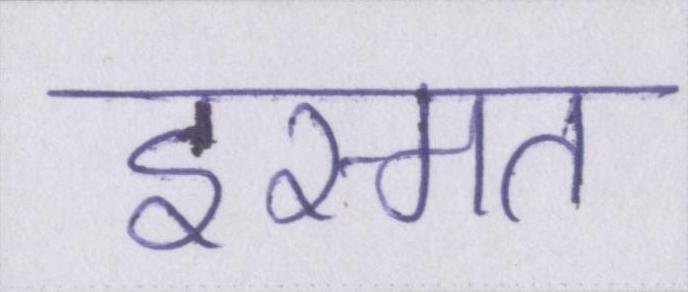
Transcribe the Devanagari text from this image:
इस्मत